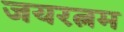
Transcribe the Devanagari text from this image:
जयरत्नम